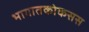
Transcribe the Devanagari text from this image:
भागातकोकसस